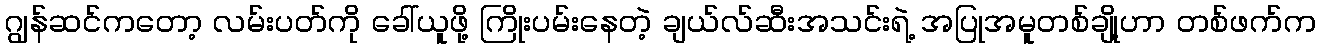
ဂျွန်ဆင်ကတော့ လမ်းပတ်ကို ခေါ်ယူဖို့ ကြိုးပမ်းနေတဲ့ ချယ်လ်ဆီးအသင်းရဲ့ အပြုအမူတစ်ချို့ဟာ တစ်ဖက်က